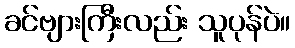
ခင်ဗျားကြီးလည်း သူပုန်ပဲ။